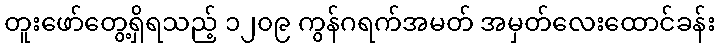
တူးဖော်တွေ့ရှိရသည့် ၁၂၀၉ ကွန်ဂရက်အမတ် အမှတ်လေးထောင်ခန်း